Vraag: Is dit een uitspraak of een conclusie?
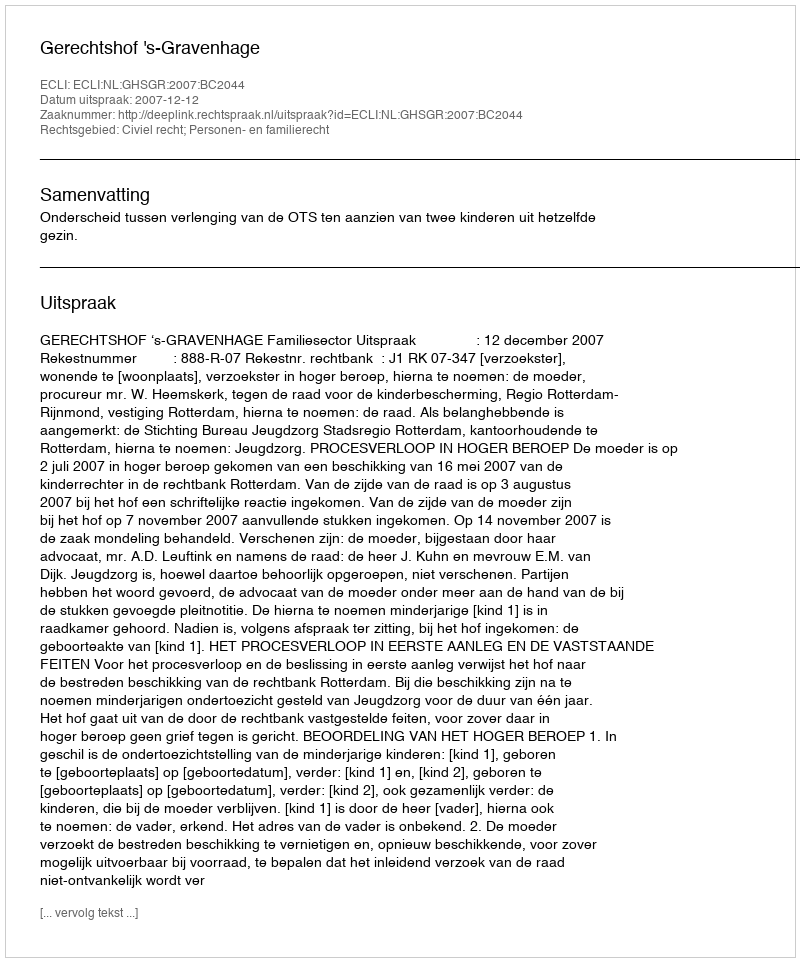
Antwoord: Uitspraak